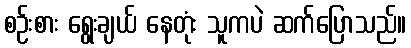
စဉ်းစား ရွေးချယ် နေတုံး သူကပဲ ဆက်ပြောသည်။